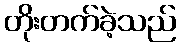
တိုးတက်ခဲ့သည်